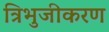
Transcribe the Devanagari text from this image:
त्रिभुजीकरण